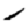
Digit: 1